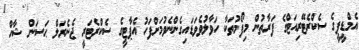
އެމްޑީޕީގެ ސެކްރެޓޭރިއަޓްގެ ފަރާތުން މިފޯމުތަކާ ހަވާލުވެވަޑައިގެންނެވުމަށްފަހު އެޕާޓީގެ ސެކްރެޓަރީ ޖެނެރަލް ޙަސަން ޝާހް